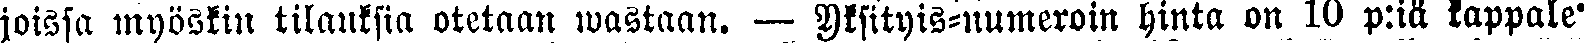
joissa myöskin tilauksia otetaan wastaan. — Yksityis-numeroin hinta on 10 p:iä kappale